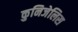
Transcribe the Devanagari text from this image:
कुनिजेलिस